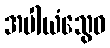
အပါယံသွေဝ